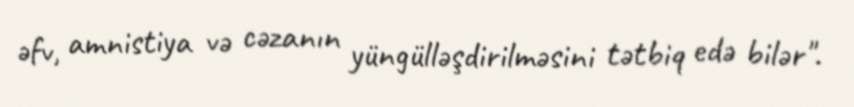
əfv, amnistiya və cəzanın yüngülləşdirilməsini tətbiq edə bilər".